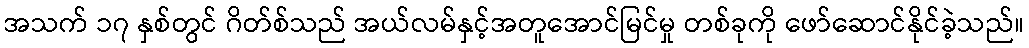
အသက် ၁၇ နှစ်တွင် ဂိတ်စ်သည် အယ်လမ်နှင့်အတူအောင်မြင်မှု တစ်ခုကို ဖော်ဆောင်နိုင်ခဲ့သည်။